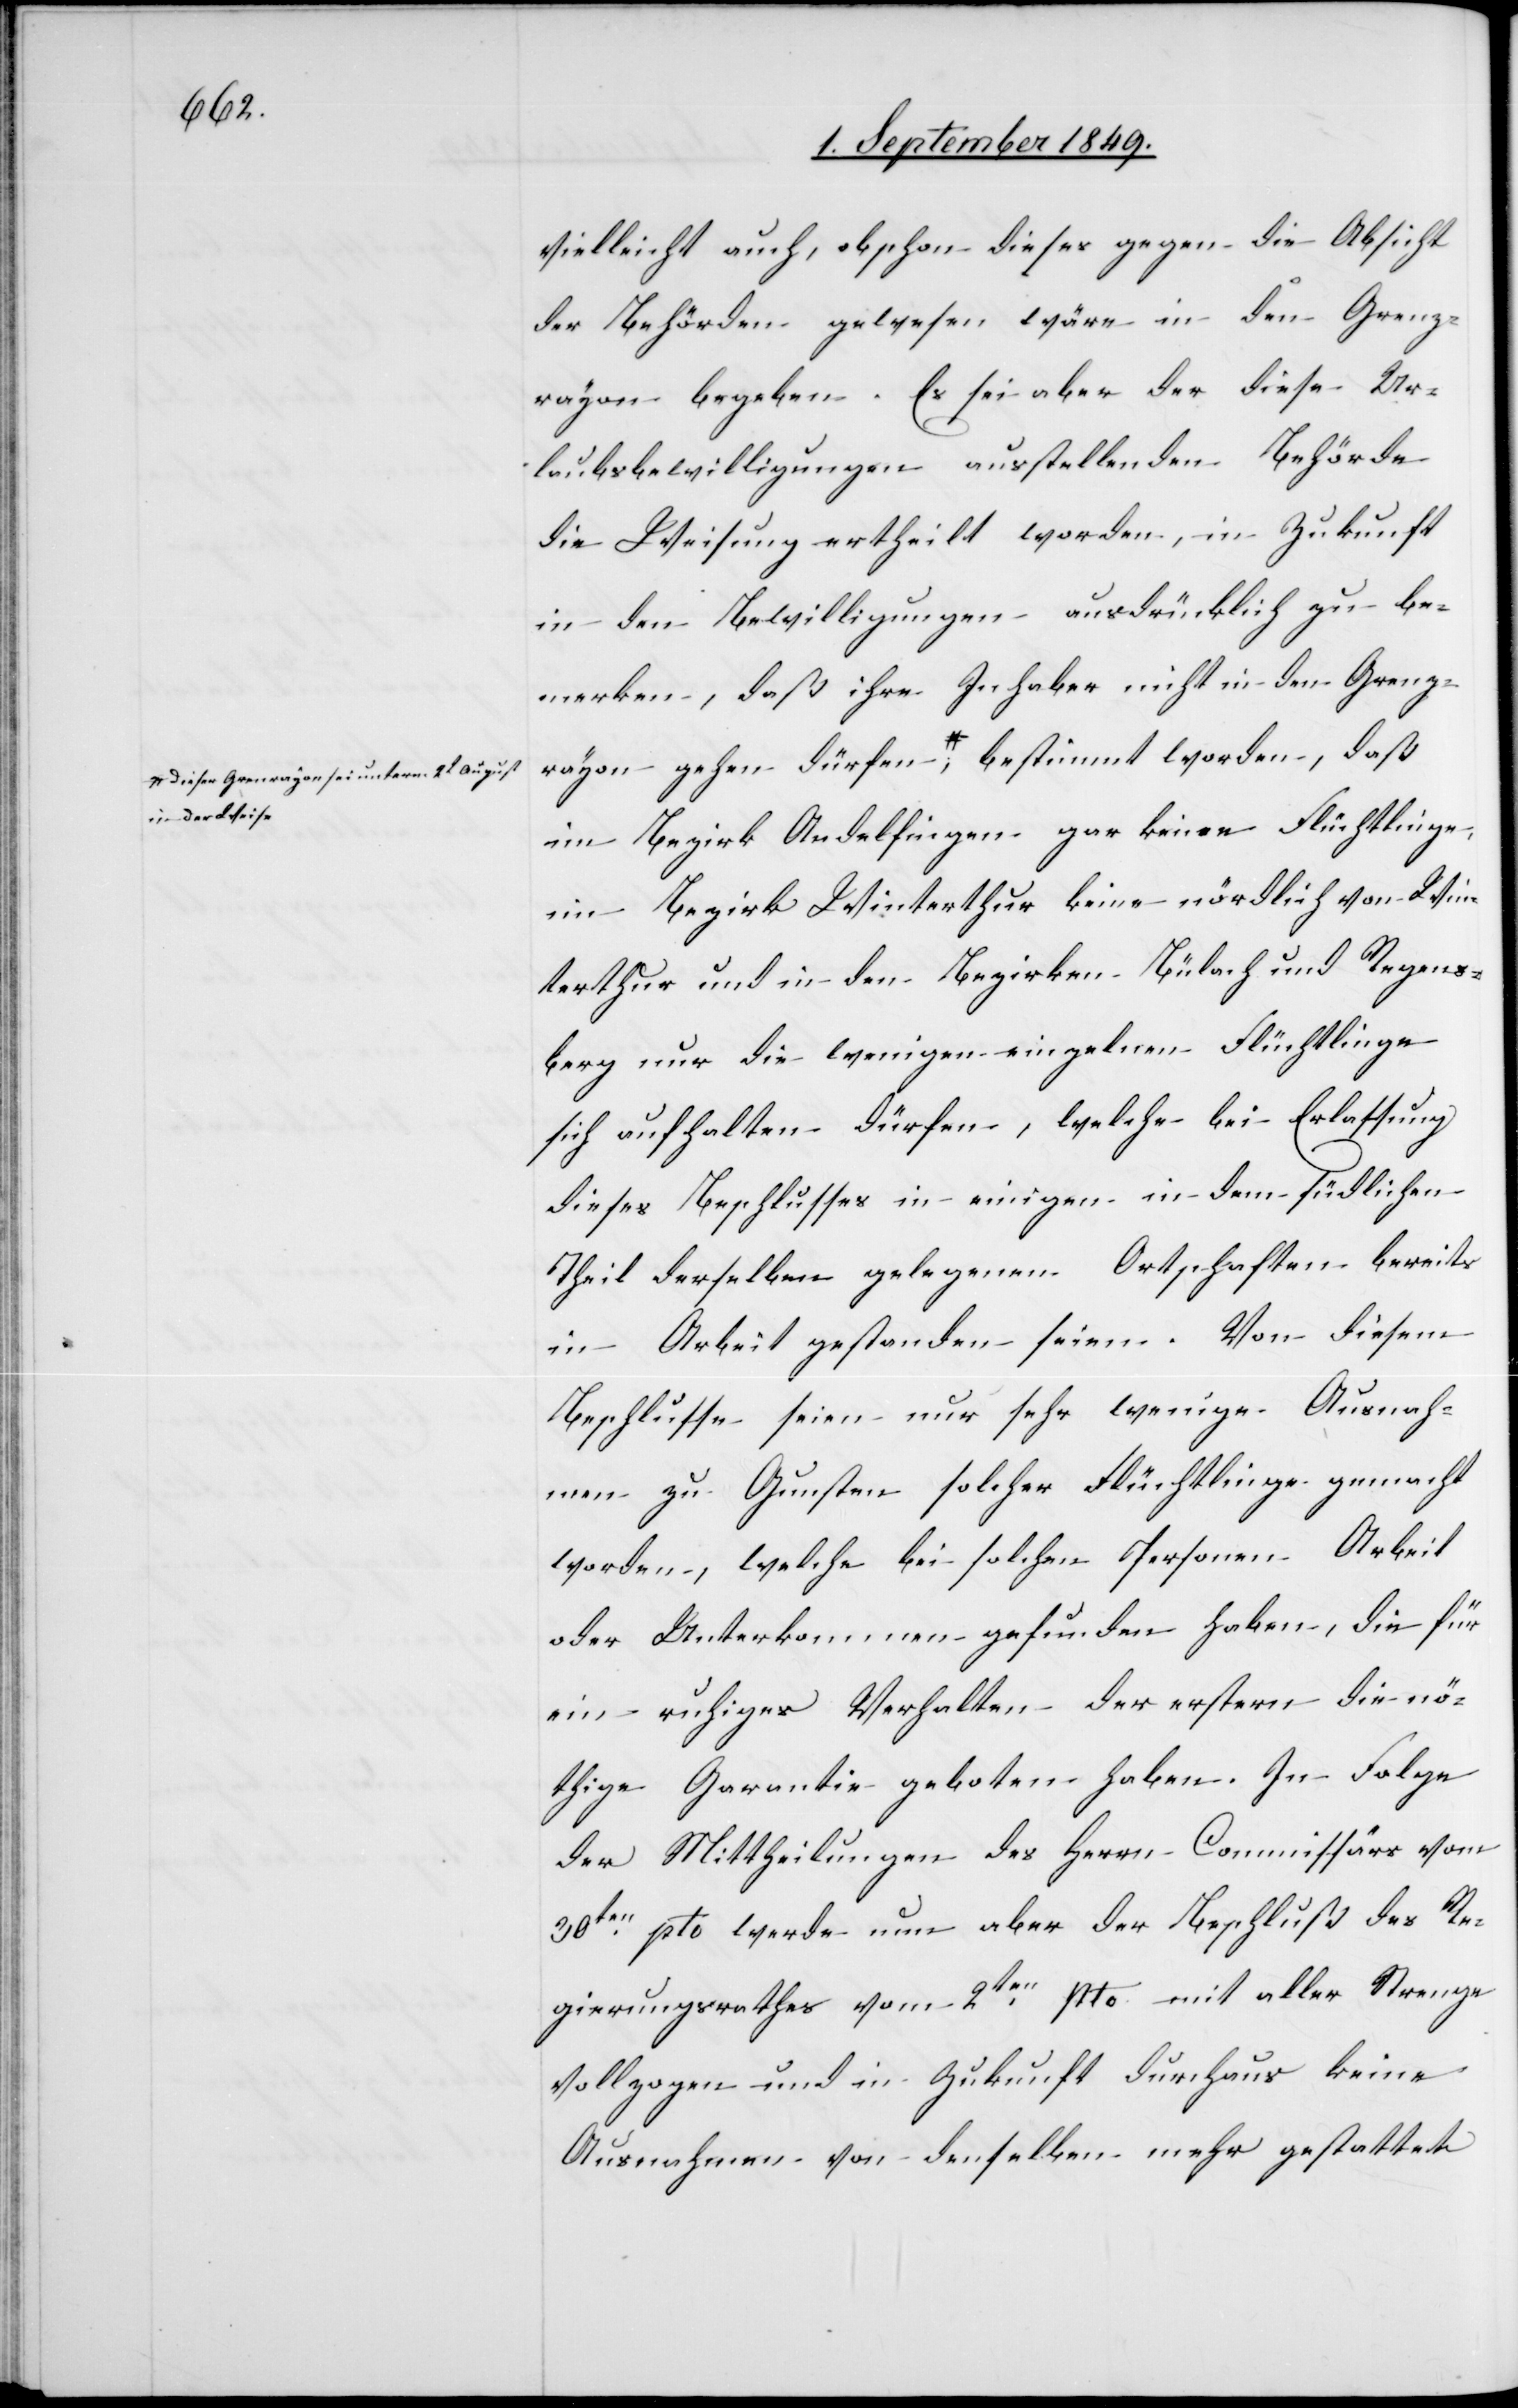
in der Weise-a

vielleicht auch, obschon dieses gegen die Absicht
der Behörden gewesen wäre in den Grenz¬
rayon begeben. Es sei aber der diese Ur¬
laubsbewilligungen ausstellenden Behörde
die Weisung ertheilt worden, in Zukunft
in den Bewilligungen ausdrücklich zu be¬
merken, daß ihre Inhaber nicht in den Grenz¬
rayon gehen dürfen, a-dieser Gren[z]rayon
im Bezirk Andelfingen gar keine nördlich
Winterthur und in den Bezirken Bülach und Regens¬
berg nur die wenigen einzelnen Flüchtlinge
sich aufhalten dürfen, welche bei Erlassung
dieses Beschlusses in einigen in dem südlichen
Theil derselben gelegenen Ortschaften bereits
in Arbeit gestanden seien. Von diesem
Beschlusse seien nur sehr wenige Ausnah¬
men zu Gunsten solcher Flüchtlinge gemacht
worden, welche bei solchen Personen Arbeit
oder Unterkommen gefunden haben, die für
ein ruhiges Verhalten der erstern die nö¬
thige Garantie geboten haben. In Folge
der Mittheilungen des Herrn Commissärs vom
30ten pto werde nun aber der Beschluß des Re¬
gierungsrathes vom 2ten pto. mit aller Strenge
vollzogen und in Zukunft durchaus keine
Ausnahmen von denselben mehr gestattet